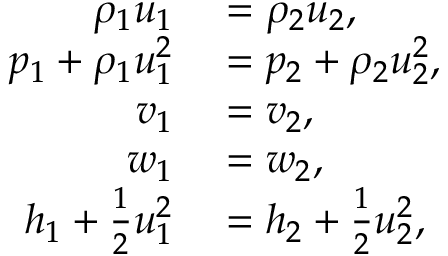
\begin{array} { r l } { \rho _ { 1 } u _ { 1 } } & { { } = \rho _ { 2 } u _ { 2 } , } \\ { p _ { 1 } + \rho _ { 1 } u _ { 1 } ^ { 2 } } & { { } = p _ { 2 } + \rho _ { 2 } u _ { 2 } ^ { 2 } , } \\ { v _ { 1 } } & { { } = v _ { 2 } , } \\ { w _ { 1 } } & { { } = w _ { 2 } , } \\ { h _ { 1 } + \frac { 1 } { 2 } u _ { 1 } ^ { 2 } } & { { } = h _ { 2 } + \frac { 1 } { 2 } u _ { 2 } ^ { 2 } , } \end{array}